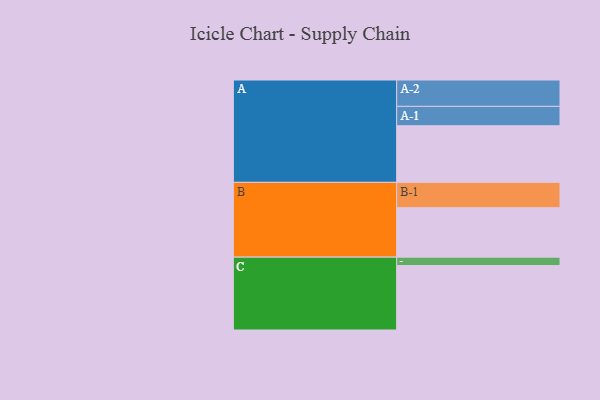
{"axis": {"x": "Segment", "y": "Value"}, "legend": ["", "A", "B", "C"], "data": [{"x": "A", "y": 380, "type": ""}, {"x": "B", "y": 332, "type": ""}, {"x": "C", "y": 433, "type": ""}, {"x": "A-1", "y": 130, "type": "A"}, {"x": "A-2", "y": 177, "type": "A"}, {"x": "B-1", "y": 170, "type": "B"}, {"x": "C-1", "y": 56, "type": "C"}]}